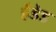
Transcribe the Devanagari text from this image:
हेंडेड